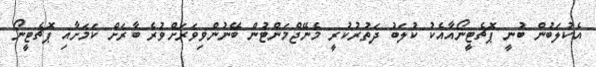
އެކުލަބުން ބުނީ ޕޮޗެޓީނޯއާއެކު ކުލަބު ދަތުރުކުރީ މެނޭޖްމަންޓުން ބޭނުންވިވަރަށްވުރެ ބާރަށް ކަމަށާއި ޕޮޗެޓީނޯ